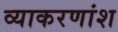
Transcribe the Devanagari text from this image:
व्याकरणांश